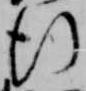
行